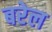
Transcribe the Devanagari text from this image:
बरेल